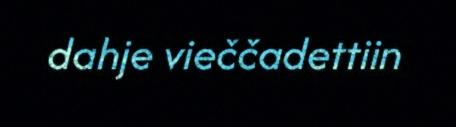
dahje vieččadettiin